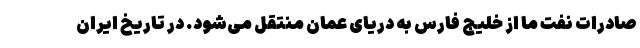
صادرات نفت ما از خلیج فارس به دریای عمان منتقل می‌شود. در تاریخ ایران